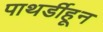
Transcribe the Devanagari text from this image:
पाथर्डीहून